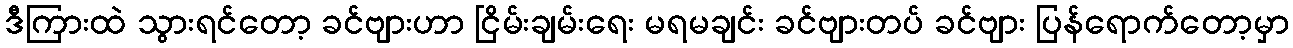
ဒီကြားထဲ သွားရင်တော့ ခင်ဗျားဟာ ငြိမ်းချမ်းရေး မရမချင်း ခင်ဗျားတပ် ခင်ဗျား ပြန်ရောက်တော့မှာ